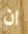
ان